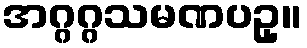
အဂ္ဂဂ္ဂသမဏပဥှ။